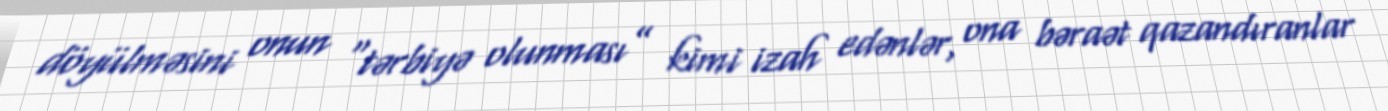
döyülməsini onun “tərbiyə olunması” kimi izah edənlər, ona bəraət qazandıranlar